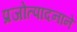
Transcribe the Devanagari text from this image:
प्रजोत्पादनाने